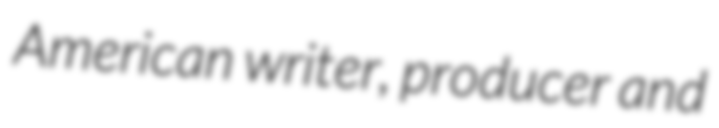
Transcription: American writer, producer and